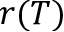
r ( T )